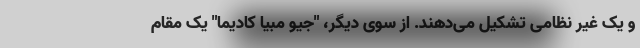
و یک غیر نظامی تشکیل می‌دهند. از سوی دیگر، "جیو مبیا کادیما" یک مقام